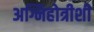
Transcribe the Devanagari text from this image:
अग्निहोत्रीशी